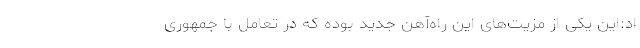
اد:‌این یکی از مزیت‌های این راه‌آهن جدید بوده که در تعامل با جمهوری